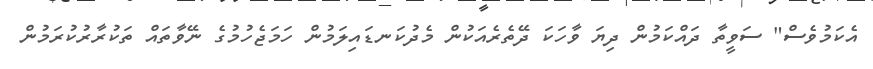
އެކަމުވެސް" ސަވީތާ ދައްކަމުން ދިޔަ ވާހަކަ ދޭތެރެއަކުން މެދުކަނޑައިލަމުން ހަމަޖެހުމުގެ ނޭވާތައް ތަކުރާރުކުރަމުން